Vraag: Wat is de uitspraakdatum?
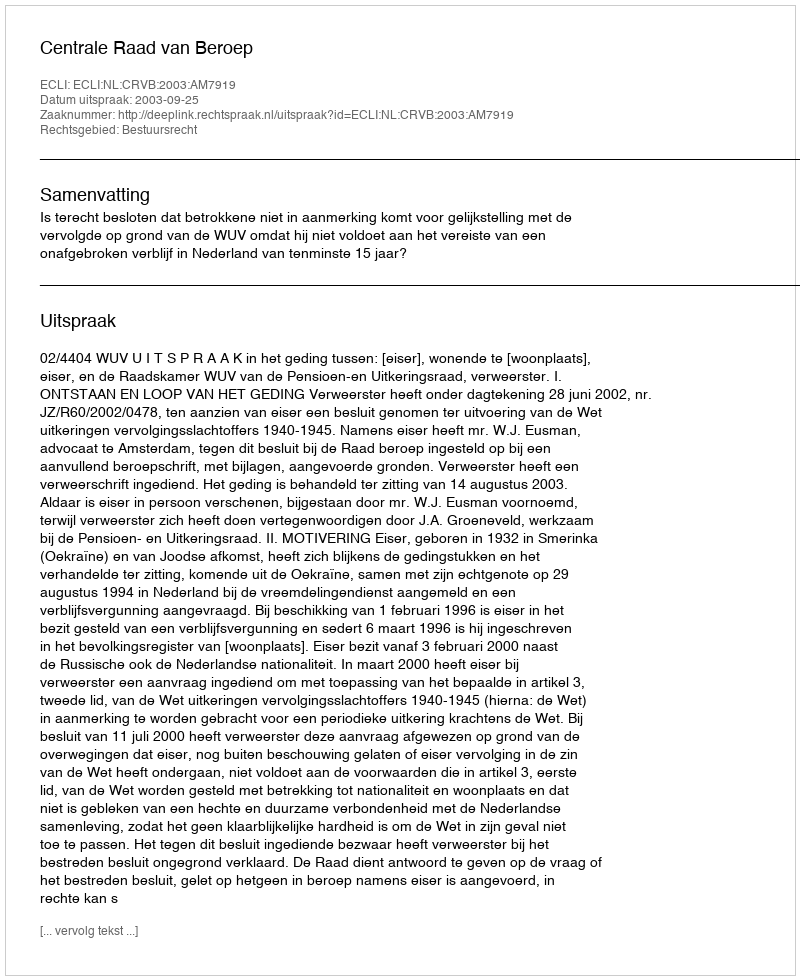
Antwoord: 2003-09-25